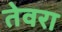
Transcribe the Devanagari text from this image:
तेवरा